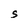
Character: S